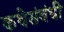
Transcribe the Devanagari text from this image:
कथेसंबंधी